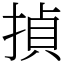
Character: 揁